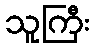
သူကြီး